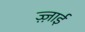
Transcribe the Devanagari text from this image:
ज़्ज़ाई